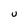
Character: U